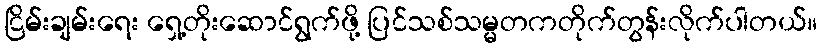
ငြိမ်းချမ်းရေး ရှေ့တိုးဆောင်ရွက်ဖို့ ပြင်သစ်သမ္မတကတိုက်တွန်းလိုက်ပါတယ်။